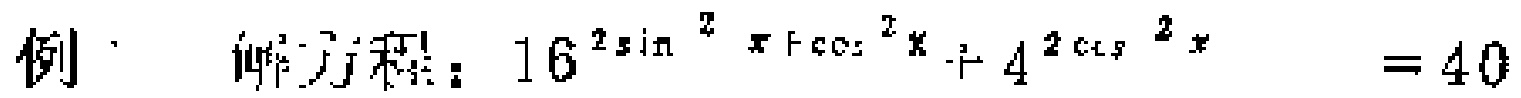
例：解方程：\(16^{2\sin^{2}x + \cos^{2}x}+4^{2\cos^{2}x}=40\)